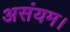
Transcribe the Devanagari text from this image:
असंयम।